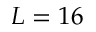
L = 1 6